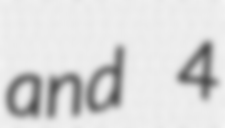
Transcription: and 4